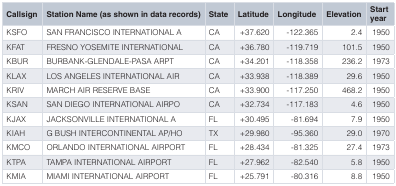
<table><thead><tr><td><b>Callsign</b></td><td><b>Station Name (as shown in data records)</b></td><td><b>State</b></td><td><b>Latitude</b></td><td><b>Longitude</b></td><td><b>Elevation</b></td><td><b>Startyear</b></td></tr></thead><tbody><tr><td>KSFO</td><td>SAN FRANCISCO INTERNATIONAL A</td><td>CA</td><td>+37.620</td><td>-122.365</td><td>2.4</td><td>1950</td></tr><tr><td>KFAT</td><td>FRESNO YOSEMITE INTERNATIONAL</td><td>CA</td><td>+36.780</td><td>-119.719</td><td>101.5</td><td>1950</td></tr><tr><td>KBUR</td><td>BURBANK-GLENDALE-PASA ARPT</td><td>CA</td><td>+34.201</td><td>-118.358</td><td>236.2</td><td>1973</td></tr><tr><td>KLAX</td><td>LOS ANGELES INTERNATIONAL AIR</td><td>CA</td><td>+33.938</td><td>-118.389</td><td>29.6</td><td>1950</td></tr><tr><td>KRIV</td><td>MARCH AIR RESERVE BASE</td><td>CA</td><td>+33.900</td><td>-117.250</td><td>468.2</td><td>1950</td></tr><tr><td>KSAN</td><td>SAN DIEGO INTERNATIONAL AIRPO</td><td>CA</td><td>+32.734</td><td>-117.183</td><td>4.6</td><td>1950</td></tr><tr><td>KJAX</td><td>JACKSONVILLE INTERNATIONAL A</td><td>FL</td><td>+30.495</td><td>-81.694</td><td>7.9</td><td>1950</td></tr><tr><td>KIAH</td><td>G BUSH INTERCONTINENTAL AP/HO</td><td>TX</td><td>+29.980</td><td>-95.360</td><td>29.0</td><td>1970</td></tr><tr><td>KMCO</td><td>ORLANDO INTERNATIONAL AIRPORT</td><td>FL</td><td>+28.434</td><td>-81.325</td><td>27.4</td><td>1973</td></tr><tr><td>KTPA</td><td>TAMPA INTERNATIONAL AIRPORT</td><td>FL</td><td>+27.962</td><td>-82.540</td><td>5.8</td><td>1950</td></tr><tr><td>KMIA</td><td>MIAMI INTERNATIONAL AIRPORT</td><td>FL</td><td>+25.791</td><td>-80.316</td><td>8.8</td><td>1950</td></tr></tbody></table>